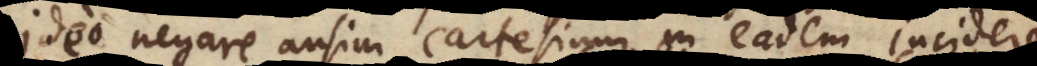
ideo negare ausim, Cartesium in eadem incidere